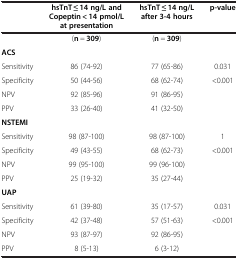
|  | hsTnT ≤ 14 ng/L and Copeptin < 14 pmol/L at presentation | hsTnT ≤ 14 ng/L after 3-4 hours | p-value |
 | --- | --- | --- | --- |
 |  | (n = 309) | (n = 309) |  |
 | ACS |  |  |  |
 | Sensitivity | 86 (74-92) | 77 (65-86) | 0.031 |
 | Specificity | 50 (44-56) | 68 (62-74) | <0.001 |
 | NPV | 92 (85-96) | 91 (86-95) |  |
 | PPV | 33 (26-40) | 41 (32-50) |  |
 | NSTEMI |  |  |  |
 | Sensitivity | 98 (87-100) | 98 (87-100) | 1 |
 | Specificity | 49 (43-55) | 68 (62-73) | <0.001 |
 | NPV | 99 (95-100) | 99 (96-100) |  |
 | PPV | 25 (19-32) | 35 (27-44) |  |
 | UAP |  |  |  |
 | Sensitivity | 61 (39-80) | 35 (17-57) | 0.031 |
 | Specificity | 42 (37-48) | 57 (51-63) | <0.001 |
 | NPV | 93 (87-97) | 92 (86-95) |  |
 | PPV | 8 (5-13) | 6 (3-12) |  |